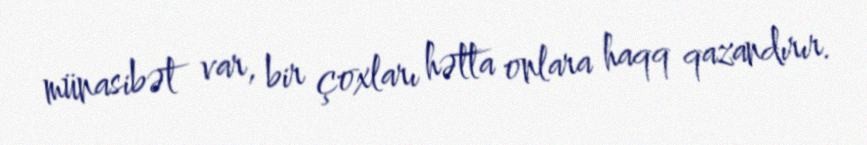
münasibət var, bir çoxları hətta onlara haqq qazandırır.